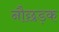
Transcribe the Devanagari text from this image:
नौछड़क